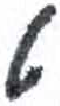
אות: ט